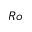
R o